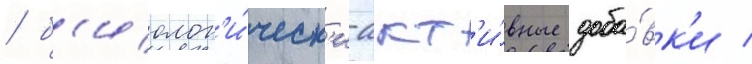
/ б'иолог'и́ческ'и-акт'и́вные доба́вк'и /